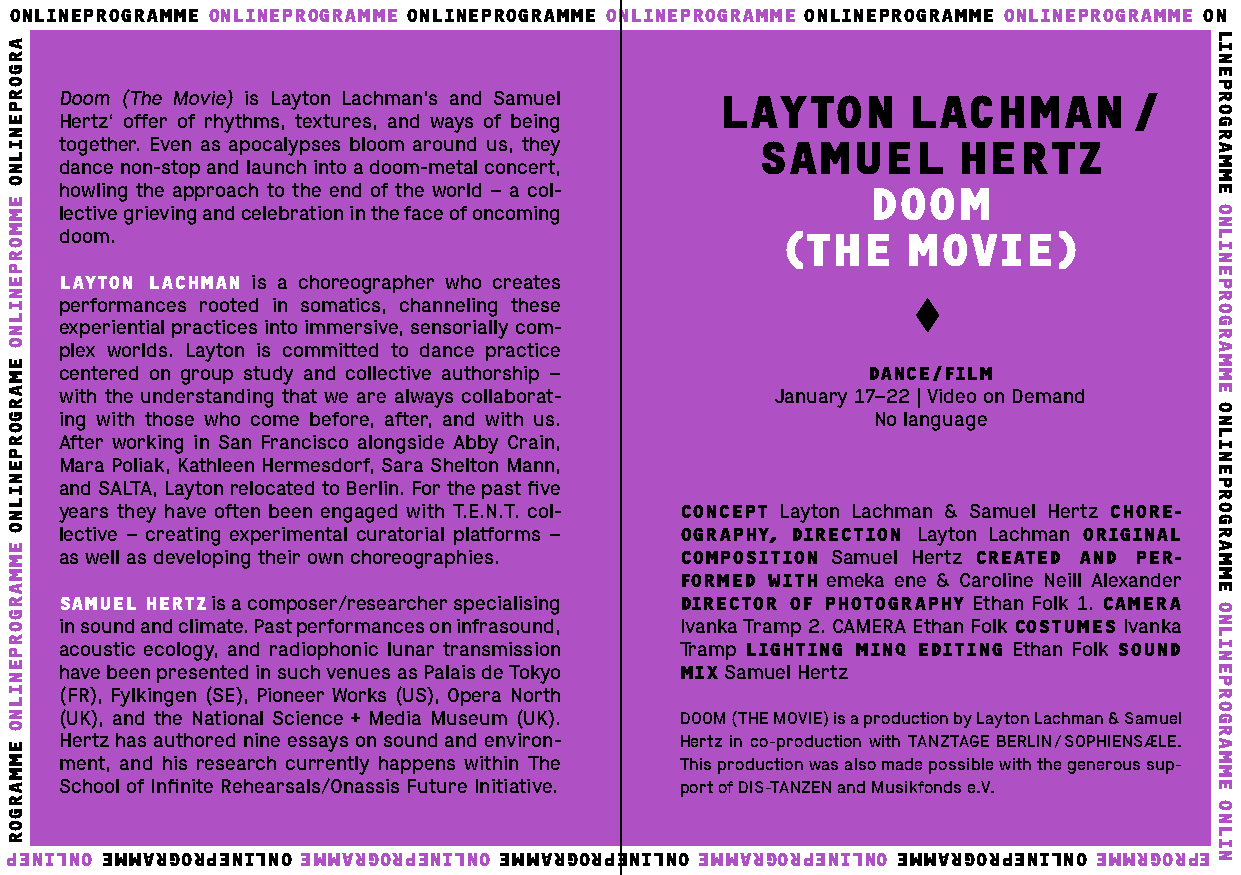
ONLINEPROGRAMME ONLINEPROGRAMME ONLINEPROGRAMME ONLINEPROGRAMME ONLINEPROGRAMME ONLINEPROGRAMME ON
 Doom (The Movie) is Layton Lachman’s and Samuel LAYTON  LACHMAN        /
 Hertz‘ offer of rhythms, textures, and ways of being
 together. Even as apocalypses bloom around us, they SAMUEL HERTZ
 dance non-stop and launch into a doom-metal concert,
 howling the approach to the end of the world – a col- DOOM
 lective grieving and celebration in the face of oncoming
 doom.                                           (THE    MOVIE)
 LAYTON LACHMAN is a choreographer who creates
 performances rooted in somatics, channeling these
 experiential practices into immersive, sensorially com-
 plex worlds. Layton is committed to dance practice
 centered on group study and collective authorship –  DANCE/FILM
 with the understanding that we are always collaborat- January 17–22 | Video on Demand
 ing with those who come before, after, and with us.   No language
 After working in San Francisco alongside Abby Crain,
 Mara Poliak, Kathleen Hermesdorf, Sara Shelton Mann,
 and SALTA, Layton relocated to Berlin. For the past five
 years they have often been engaged with T.E.N.T. col- CONCEPT Layton Lachman & Samuel Hertz CHORE-
 lective – creating experimental curatorial platforms – OGRAPHY, DIRECTION Layton Lachman ORIGINAL
 as well as developing their own choreographies. COMPOSITION Samuel Hertz CREATED AND PER-
 FORMED WITH emeka ene & Caroline Neill Alexander
 SAMUEL HERTZ is a composer/researcher specialising DIRECTOR OF PHOTOGRAPHY Ethan Folk 1. CAMERA
 in sound and climate. Past performances on infrasound, Ivanka Tramp 2. CAMERA Ethan Folk COSTUMES Ivanka
 acoustic ecology, and radiophonic lunar transmission Tramp LIGHTING MINQ EDITING Ethan Folk SOUND
 have been presented in such venues as Palais de Tokyo MIX Samuel Hertz
 (FR), Fylkingen (SE), Pioneer Works (US), Opera North
 (UK), and the National Science + Media Museum (UK). DOOM (THE MOVIE) is a production by Layton Lachman & Samuel
 Hertz has authored nine essays on sound and environ- Hertz in co-production with TANZTAGE BERLIN / SOPHIENSÆLE.
 ment, and his research currently happens within The This production was also made possible with the generous sup-
 School of Infinite Rehearsals/Onassis Future Initiative. port of DIS-TANZEN and Musikfonds e.V.
 PENILNO EMMARGORPENILNO EMMARGORPENILNO EMMARGORPENILNO EMMARGORPENILNO EMMARGORPENILNO EMMRGORPE
 ARGORPENILNO
 EMMORPENILNO
 EMARGORPENILNO
 EMMARGORPENILNO
 EMMARGOR
 LINEPROGRAMME
 ONLINEPROGRAMME
 ONLINEPROGRAMME
 ONLINEPROGRAMME
 ONLIN